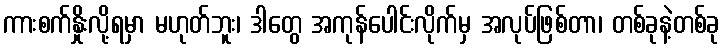
ကားစက်နှိုးလို့ရမှာ မဟုတ်ဘူး၊ ဒါတွေ အကုန်ပေါင်းလိုက်မှ အလုပ်ဖြစ်တာ၊ တစ်ခုနဲ့တစ်ခု